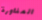
المناورة